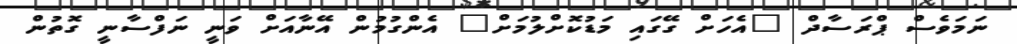
ނަމަވެސް ޕްރަސާދް "އެހަށް ގޭގައި މަޑުކޮށްލުމަށް" އެންގުމުން އޭނާއަށް ވަނީ ނަފްސާނީ ގޮތުން